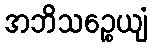
အဘိသဉ္စေယျံ